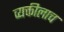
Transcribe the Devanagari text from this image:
व्यक्तीलाच